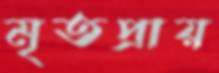
মৃতপ্রায়